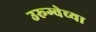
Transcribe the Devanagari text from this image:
उरूग्वेच्या